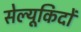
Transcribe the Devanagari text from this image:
सेल्यूकिदों